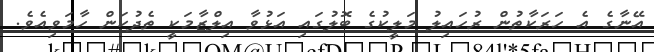
އޭނާގެ އެ ހަރަކާތުން ރުހައިލު މަލީކުގެ ބޮލުގައި އަޅުވާ އިލްޒާމަކީ ތެދުކަން ހާމަވިއެވެ.